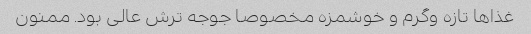
غذاها تازه وگرم و خوشمزه مخصوصا جوجه ترش عالی بود. ممنون